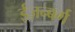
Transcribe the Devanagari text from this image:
ईज़न्बर्ग